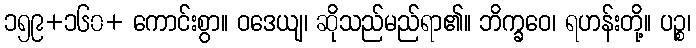
၁၅၉+၁၆၀+ ကောင်းစွာ။ ဝဒေယျ၊ ဆိုသည်မည်ရာ၏။ ဘိက္ခဝေ၊ ရဟန်းတို့။ ပဉ္စ၊